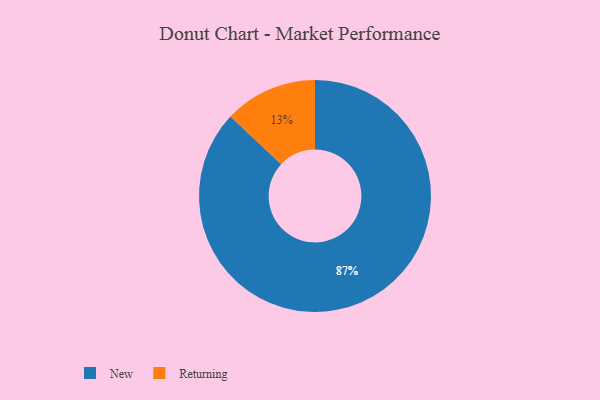
{"axis": {"x": "Category", "y": "Percentage"}, "legend": ["New", "Returning"], "data": [{"x": "Returning", "y": 13, "type": "Returning"}, {"x": "New", "y": 87, "type": "New"}]}